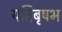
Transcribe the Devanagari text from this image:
यतिबृषभ